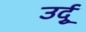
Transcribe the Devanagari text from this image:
उर्दुू